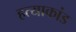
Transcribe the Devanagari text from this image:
हत्‍याकांड